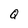
Character: Q